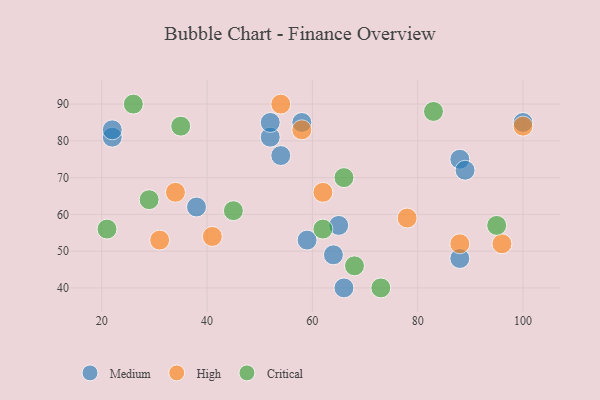
{"axis": {"x": "GDP", "y": "Life Expectancy"}, "legend": ["Critical", "High", "Medium"], "data": [{"x": "38", "y": 62, "type": "Medium"}, {"x": "22", "y": 81, "type": "Medium"}, {"x": "52", "y": 81, "type": "Medium"}, {"x": "66", "y": 40, "type": "Medium"}, {"x": "22", "y": 83, "type": "Medium"}, {"x": "100", "y": 85, "type": "Medium"}, {"x": "64", "y": 49, "type": "Medium"}, {"x": "88", "y": 75, "type": "Medium"}, {"x": "54", "y": 76, "type": "Medium"}, {"x": "52", "y": 85, "type": "Medium"}, {"x": "88", "y": 48, "type": "Medium"}, {"x": "65", "y": 57, "type": "Medium"}, {"x": "58", "y": 85, "type": "Medium"}, {"x": "59", "y": 53, "type": "Medium"}, {"x": "89", "y": 72, "type": "Medium"}, {"x": "96", "y": 52, "type": "High"}, {"x": "88", "y": 52, "type": "High"}, {"x": "58", "y": 83, "type": "High"}, {"x": "41", "y": 54, "type": "High"}, {"x": "34", "y": 66, "type": "High"}, {"x": "62", "y": 66, "type": "High"}, {"x": "78", "y": 59, "type": "High"}, {"x": "31", "y": 53, "type": "High"}, {"x": "100", "y": 84, "type": "High"}, {"x": "54", "y": 90, "type": "High"}, {"x": "21", "y": 56, "type": "Critical"}, {"x": "29", "y": 64, "type": "Critical"}, {"x": "45", "y": 61, "type": "Critical"}, {"x": "83", "y": 88, "type": "Critical"}, {"x": "26", "y": 90, "type": "Critical"}, {"x": "95", "y": 57, "type": "Critical"}, {"x": "62", "y": 56, "type": "Critical"}, {"x": "68", "y": 46, "type": "Critical"}, {"x": "73", "y": 40, "type": "Critical"}, {"x": "35", "y": 84, "type": "Critical"}, {"x": "66", "y": 70, "type": "Critical"}]}